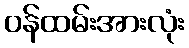
ဝန်ထမ်းအားလုံး